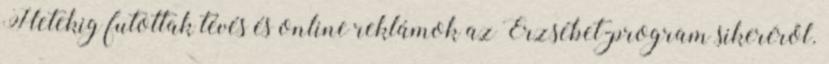
Hetekig futottak tévés és online reklámok az Erzsébet-program sikeréről.